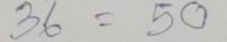
36 = 50